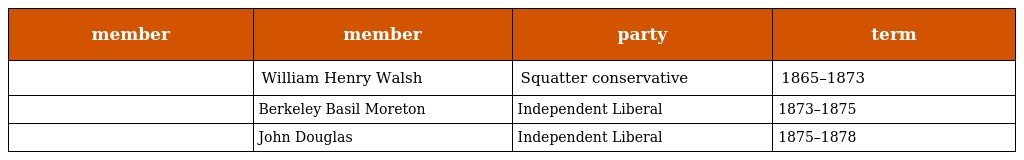
| member | member | party | term |
 | --- | --- | --- | --- |
 |  | William Henry Walsh | Squatter conservative | 1865–1873 |
 |  | Berkeley Basil Moreton | Independent Liberal | 1873–1875 |
 |  | John Douglas | Independent Liberal | 1875–1878 |